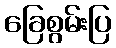
ခြေစွမ်းပြ